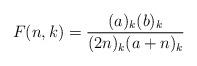
LaTeX: \begin{align*}F(n, k) = \frac{(a)_k (b)_k}{(2 n)_k (a+n)_k} \end{align*}